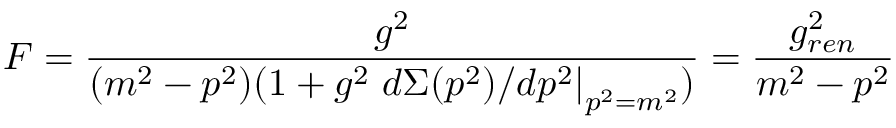
F = \frac { g ^ { 2 } } { ( m ^ { 2 } - p ^ { 2 } ) ( 1 + g ^ { 2 } \left. d \Sigma ( p ^ { 2 } ) / d p ^ { 2 } \right| _ { p ^ { 2 } = m ^ { 2 } } ) } = \frac { g _ { r e n } ^ { 2 } } { m ^ { 2 } - p ^ { 2 } }